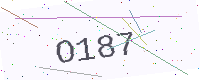
Text: O187